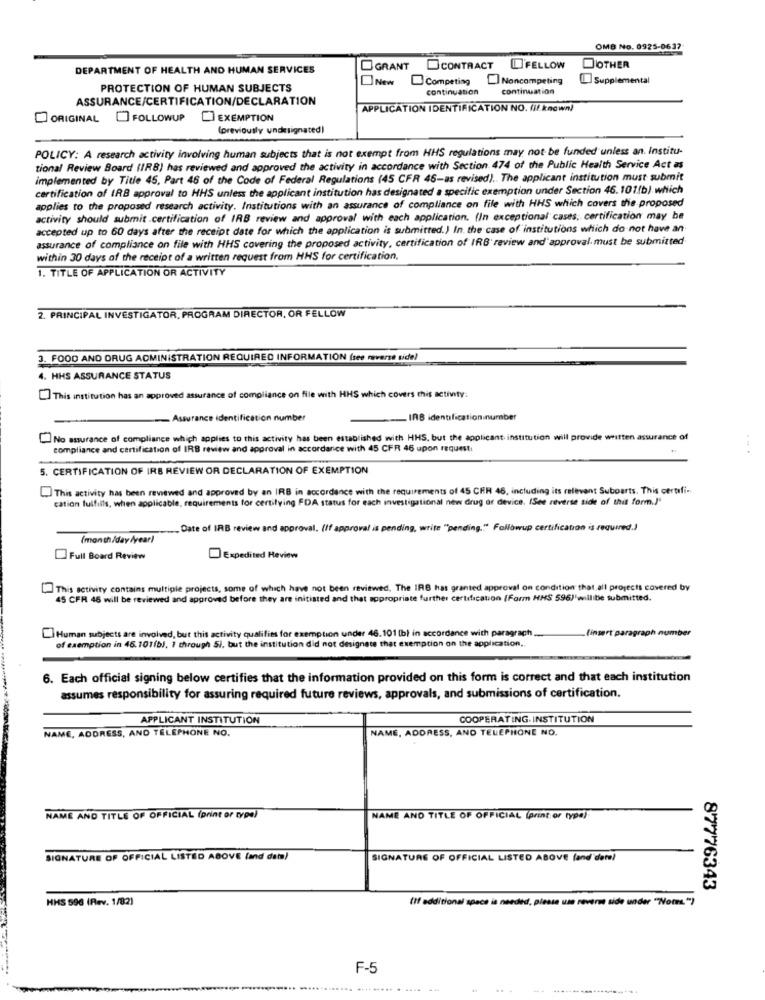
OMB No. 0925-0637
DEPARTMENT OF HEALTH AND HUMAN SERVICES
GRANT
CONTRACT FELLOW
DOTHER
New Competing
Noncompeting
I] Supplemental
PROTECTION OF HUMAN SUBJECTS
continuanon
continuation
ASSURANCE/CERTIFICATION/DECLARATION
APPLICATION IDENTIFICATION NO. (il known)
ORIGINALFOLLOWUP EXEMPTION
(previously undesignated)
POLICY: A research activity involving human subjects that is not exempt from HHS regulations may not be funded unless an. Institu-
tional Review Board (IRB) has reviewed and approved the activity in accordance with Section 474 of the Public Health Service Act as
implemented by Title 45, Part 46 of the Code of Federal Regulations (45 CFR 46-as revised) .. The applicant institution must submit
certification of IRB approval to HHS unless the applicant institution has designated a specific exemption under Section 46.101(b) which
applies to the proposed research activity. Institutions with an assurance of compliance on file with HHS which covers the proposed
activity should submit .certification of IRB review and approval with each application. (In exceptional cases; certification may be
accepted up to 60 days after the receipt date for which the application is submitted.) In. the case of institutions which do not have an
assurance of compliance on file with HHS covering the proposed activity, certification of IRB' review and'approval. must be submitted
within 30 days of the receipt of a written request from HHS for certification.
1. TITLE OF APPLICATION OR ACTIVITY
2. PRINCIPAL INVESTIGATOR, PROGRAM DIRECTOR, OR FELLOW
3. FOOD AND DRUG ADMINISTRATION REQUIRED INFORMATION (see reverse tide)
4. HHS ASSURANCE STATUS
This institution has an approved assurance of compliance on file with HHS which covers this activity:
. Assurance identification number
IRB identification number
No assurance of compliance which applies to this activity has been established with HHS, but the applicant institution will provide written assurance of
compliance and certification of IRB review and approval in accordance with 45 CFR 46 upon request:
. .. .
5. CERTIFICATION OF IRS REVIEW OR DECLARATION OF EXEMPTION
L. This activity has been reviewed and approved by an IRB in accordance with the requirements of 45 CRR 46, including its relevant Suboarts. This certifi ..
cation fulfills, when applicable, requirements for certifying FDA status for each investigational new drug or device. (See reverse side of thit form.)"
Date of IRB review and approval. (If approval is pending, write "pending." Followup certification is required.)
(month/day /rear)
Full Board Review
Expedited Review
This activity contains multiple projects, some of which have not been reviewed, The IRB hat granted approval on condition that all projects covered by
45 CFR 46 will be reviewed and approved before they are initiated and that appropriate further certification (Form HHS 596)'willibe submitted.
Human subjects are involved, but this activity qualifies for exemption under 46.101 (b) in accordance with paragraph
(insert paragraph number
of exemption in 46.101(b), 1 through 5), but the institution did not designate that exemption on the application ..
6. Each official signing below certifies that the information provided on this form is correct and that each institution
assumes responsibility for assuring required future reviews, approvals, and submissions of certification.
APPLICANT INSTITUTION
COOPERATING. INSTITUTION
NAME, ADDRESS, AND TELEPHONE NO.
NAME, ADDRESS, AND TELEPHONE NO.
NAME AND TITLE OF OFFICIAL (print or type)
NAME AND TITLE OF OFFICIAL (print or type)
SIGNATURE OF OFFICIAL LISTED ABOVE land dam)
SIGNATURE OF OFFICIAL LISTED ABOVE land den!
87776343
HHS 596 (Rev. 1/82)
(If additional space is needed, please use revers side under "Nomes."?
F-5
...
----...